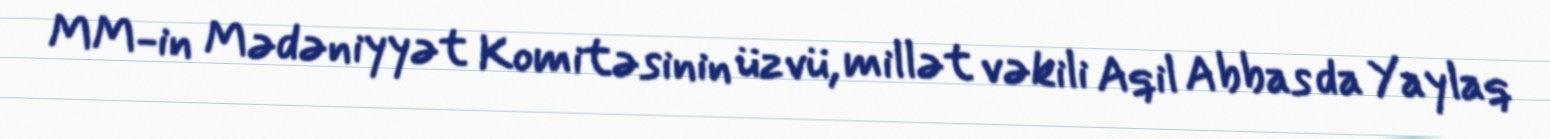
MM-in Mədəniyyət Komitəsinin üzvü, millət vəkili Aqil Abbas da Yaylaq